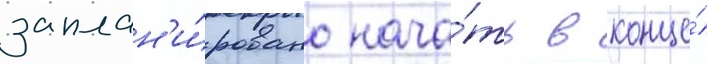
заплан'и́ровано нача́ть в конце́